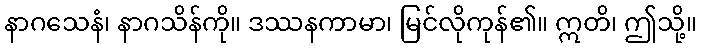
နာဂသေနံ၊ နာဂသိန်ကို။ ဒဿနကာမာ၊ မြင်လိုကုန်၏။ ဣတိ၊ ဤသို့။